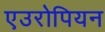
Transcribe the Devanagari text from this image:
एउरोपियन